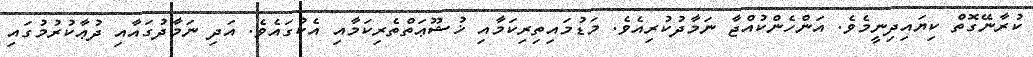
ކުރާނޭގޮތް ކިޔައިދިނީމެވެ. އަންހެންކުއްޖާ ނަމާދުކުރިއެވެ. މަޑުމައިތިރިކަމާއި ޚުޝޫޢަތްތެރިކަމާއި އެކުގައެވެ. އަދި ނަމާދުގައާއި ދުޢާކުރުމުގައި